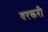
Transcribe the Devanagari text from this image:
वरकरी